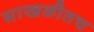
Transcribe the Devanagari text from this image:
साखळीतच